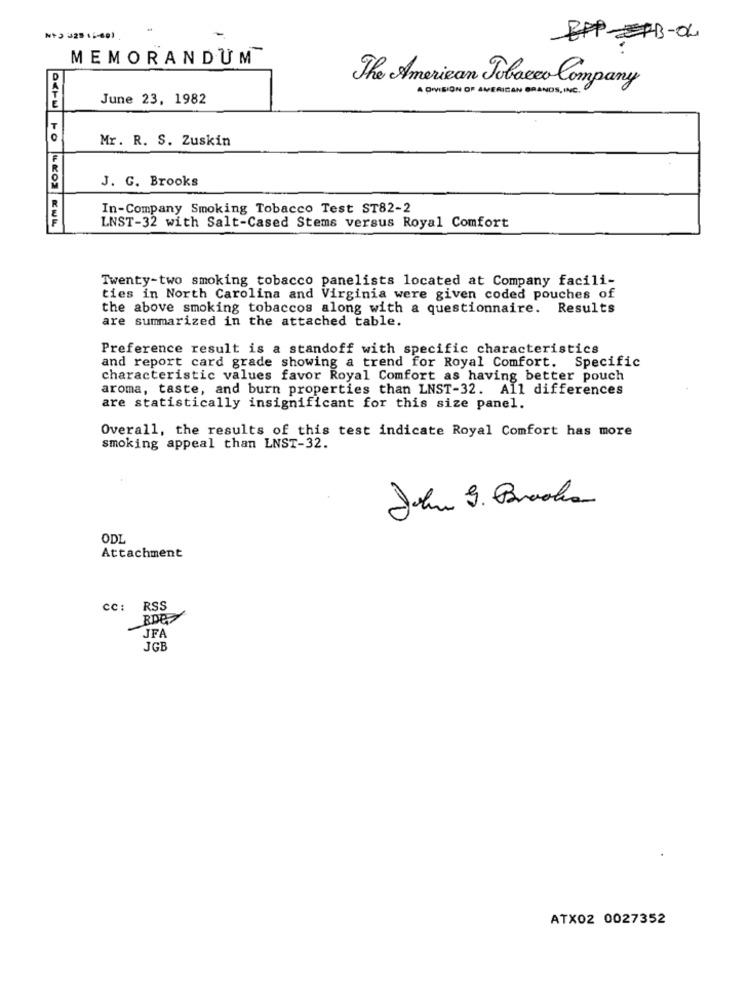
EPPEFB-OL
MEMORANDUM
The American Tobacco Company
A DIVISION OF AMERICAN BRANDS, INC.
June 23, 1982
Mr. R. S. Zuskin
J. G. Brooks
In-Company Smoking Tobacco Test ST82-2
LNST-32 with Salt-Cased Stems versus Royal Comfort
Twenty-two smoking tobacco panelists located at Company facili-
ties in North Carolina and Virginia were given coded pouches of
the above smoking tobaccos along with a questionnaire. Results
are summarized in the attached table.
Preference result is a standoff with specific characteristics
and report card grade showing a trend for Royal Comfort. Specific
characteristic values favor Royal Comfort as having better pouch
aroma, taste, and burn properties than LNST-32. All differences
are statistically insignificant for this size panel.
Overall, the results of this test indicate Royal Comfort has more
smoking appeal than LNST-32.
John 9. Baracka
ODL
Attachment
cc: RSS
JFA
JGB
ATX02 0027352